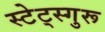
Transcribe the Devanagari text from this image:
स्टेट्स्गुरू